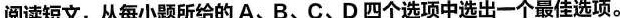
阅读短文,从每小题所给的 A、B、C、D 四个选项中选出一个最佳选项。